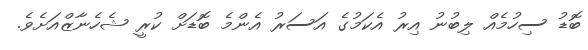
ބޮޑު ސިހުމެއް ލިބުނު އިރު އެކަމުގެ އަސަރު އެންމެ ބޮޑަށް ކުރީ ޝެހެނާޒްއަށެވެ.